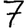
Digit: 7